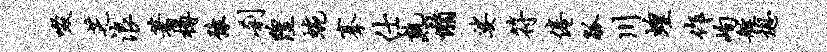
啜芝浪蓍樽豫刹隍蜿搴仕熟懒娑符倦觚川蝗作峋艇熄